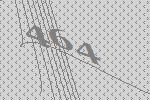
464